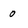
Character: 0